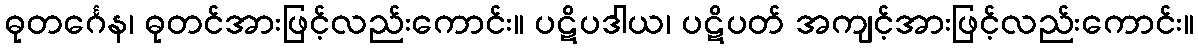
ဓုတင်္ဂေန၊ ဓုတင်အားဖြင့်လည်းကောင်း။ ပဋိပဒါယ၊ ပဋိပတ် အကျင့်အားဖြင့်လည်းကောင်း။